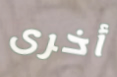
أخرى